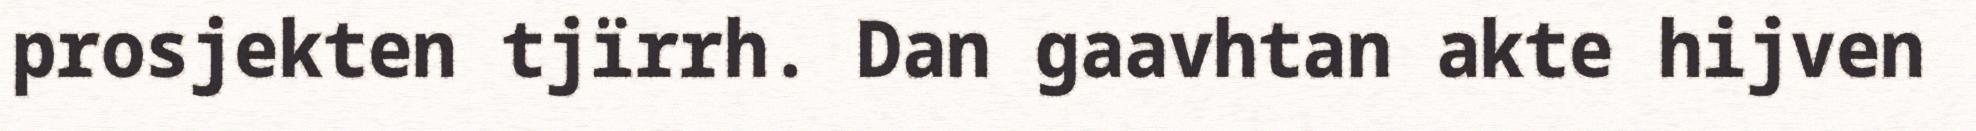
prosjekten tjïrrh. Dan gaavhtan akte hijven